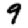
Digit: 9